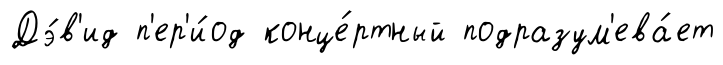
Дэ́в'ид п'ер'и́од конце́ртный подразум'ева́ет